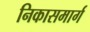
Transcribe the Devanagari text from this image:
निकासमार्ग